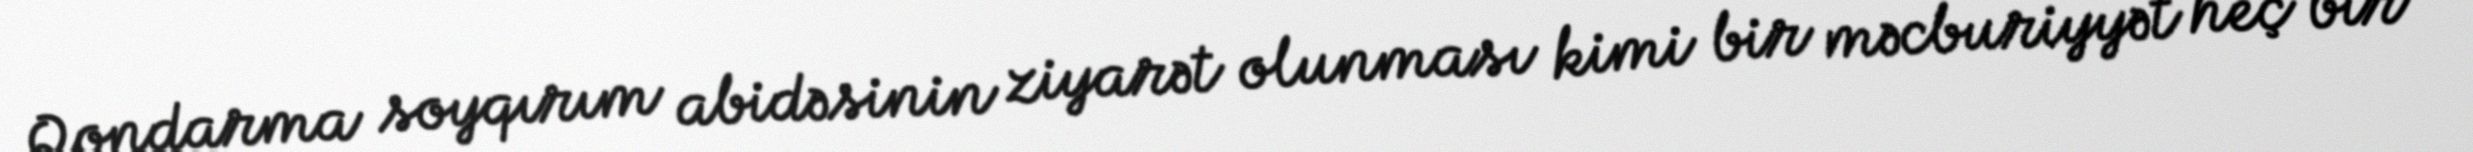
Qondarma soyqırım abidəsinin ziyarət olunması kimi bir məcburiyyət heç bir